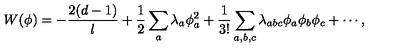
W ( \phi ) = - \frac { 2 ( d - 1 ) } { l } + { \frac { 1 } { 2 } } \sum _ { a } \lambda _ { a } \phi _ { a } ^ { 2 } + \frac { 1 } { 3 ! } \sum _ { a , b , c } \lambda _ { a b c } \phi _ { a } \phi _ { b } \phi _ { c } + \cdots ,